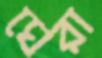
ঘেরা